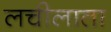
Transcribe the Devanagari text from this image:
लचीलाता